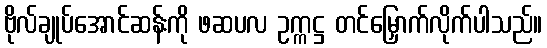
ဗိုလ်ချုပ်အောင်ဆန်းကို ဖဆပလ ဥက္ကဋ္ဌ တင်မြှောက်လိုက်ပါသည်။